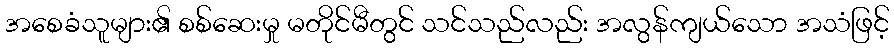
အစေခံသူများ၏ စစ်ဆေးမှု မတိုင်မီတွင် သင်သည်လည်း အလွန်ကျယ်သော အသံဖြင့်